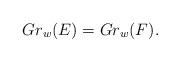
LaTeX: \begin{align*}Gr_w(E) = Gr_w(F).\end{align*}